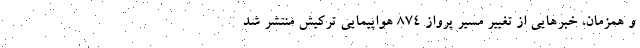
و همزمان، خبرهایی از تغییر مسیر پرواز ۸۷۴ هواپیمایی ترکیش منتشر شد